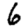
Digit: 6